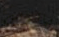
بياتريس